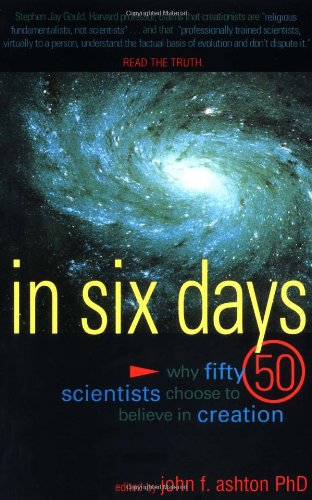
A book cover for In Six Days: Why Fifty Scientists Choose to Believe in Creation; Science & Math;